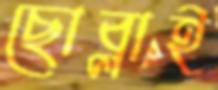
ছোব্‌লাই